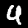
Digit: 4